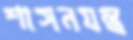
শাসনযন্ত্র